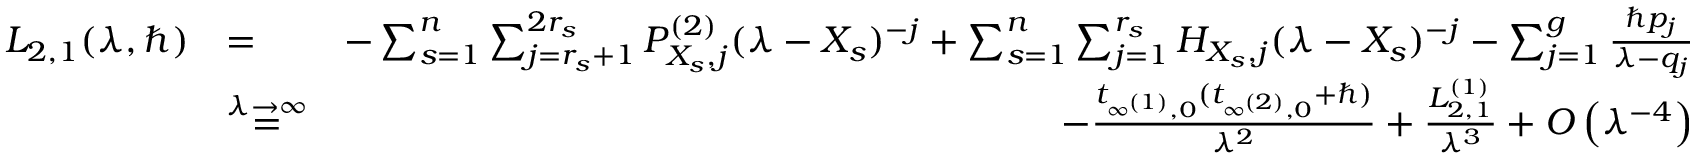
\begin{array} { r l r } { L _ { 2 , 1 } ( \lambda , \hbar ) } & { = } & { - \sum _ { s = 1 } ^ { n } \sum _ { j = r _ { s } + 1 } ^ { 2 r _ { s } } P _ { X _ { s } , j } ^ { ( 2 ) } ( \lambda - X _ { s } ) ^ { - j } + \sum _ { s = 1 } ^ { n } \sum _ { j = 1 } ^ { r _ { s } } H _ { X _ { s } , j } ( \lambda - X _ { s } ) ^ { - j } - \sum _ { j = 1 } ^ { g } \frac { \hbar p _ { j } } { \lambda - q _ { j } } } \\ & { \overset { \lambda \to \infty } { = } } & { - \frac { t _ { \infty ^ { ( 1 ) } , 0 } ( t _ { \infty ^ { ( 2 ) } , 0 } + \hbar ) } { \lambda ^ { 2 } } + \frac { L _ { 2 , 1 } ^ { ( 1 ) } } { \lambda ^ { 3 } } + O \left( \lambda ^ { - 4 } \right) } \end{array}